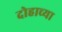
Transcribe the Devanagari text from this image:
दोहाच्या